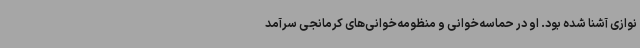
نوازی آشنا شده بود. او در حماسه‌خوانی و منظومه‌خوانی‌های کرمانجی سرآمد